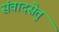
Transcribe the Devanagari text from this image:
संवादसेतु